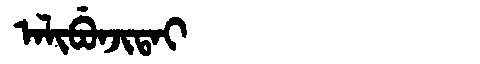
Manchu: ᠠᠯᡳᠪᡠᠨᠵᡳᡨᠠᡳ
Romanization: ALIBUNJITAI